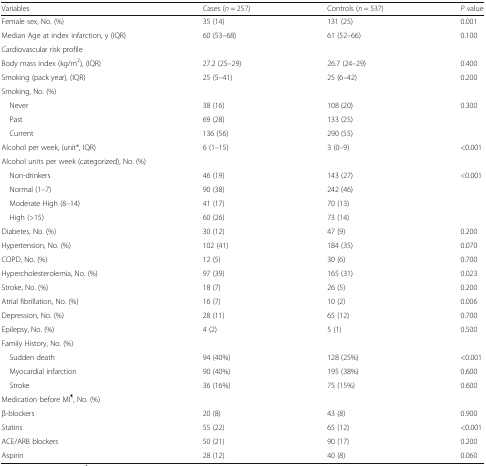
<table><thead><tr><td><b>Variables</b></td><td><b>Cases (<i>n</i> = 257)</b></td><td><b>Controls (<i>n</i> = 537)</b></td><td><b><i>P</i> value</b></td></tr></thead><tbody><tr><td>Female sex, No. (%)</td><td>35 (14)</td><td>131 (25)</td><td>0.001</td></tr><tr><td>Median Age at index infarction, y (IQR)</td><td>60 (53–68)</td><td>61 (52–66)</td><td>0.100</td></tr><tr><td colspan="4">Cardiovascular risk profile</td></tr><tr><td>Body mass index (kg/m<sup>2</sup>), (IQR)</td><td>27.2 (25–29)</td><td>26.7 (24–29)</td><td>0.400</td></tr><tr><td>Smoking (pack year), (IQR)</td><td>25 (5–41)</td><td>25 (6–42)</td><td>0.200</td></tr><tr><td colspan="4">Smoking, No. (%)</td></tr><tr><td> Never</td><td>38 (16)</td><td>108 (20)</td><td rowspan="3">0.300</td></tr><tr><td> Past</td><td>69 (28)</td><td>133 (25)</td></tr><tr><td> Current</td><td>136 (56)</td><td>290 (55)</td></tr><tr><td>Alcohol per week, (unit*, IQR)</td><td>6 (1–15)</td><td>3 (0–9)</td><td>&lt;0.001</td></tr><tr><td colspan="4">Alcohol units per week (categorized), No. (%)</td></tr><tr><td> Non-drinkers</td><td>46 (19)</td><td>143 (27)</td><td rowspan="4">&lt;0.001</td></tr><tr><td> Normal (1–7)</td><td>90 (38)</td><td>242 (46)</td></tr><tr><td> Moderate High (8–14)</td><td>41 (17)</td><td>70 (13)</td></tr><tr><td> High (&gt;15)</td><td>60 (26)</td><td>73 (14)</td></tr><tr><td>Diabetes, No. (%)</td><td>30 (12)</td><td>47 (9)</td><td>0.200</td></tr><tr><td>Hypertension, No. (%)</td><td>102 (41)</td><td>184 (35)</td><td>0.070</td></tr><tr><td>COPD, No. (%)</td><td>12 (5)</td><td>30 (6)</td><td>0.700</td></tr><tr><td>Hypercholesterolemia, No. (%)</td><td>97 (39)</td><td>165 (31)</td><td>0.023</td></tr><tr><td>Stroke, No. (%)</td><td>18 (7)</td><td>26 (5)</td><td>0.200</td></tr><tr><td>Atrial fibrillation, No. (%)</td><td>16 (7)</td><td>10 (2)</td><td>0.006</td></tr><tr><td>Depression, No. (%)</td><td>28 (11)</td><td>65 (12)</td><td>0.700</td></tr><tr><td>Epilepsy, No. (%)</td><td>4 (2)</td><td>5 (1)</td><td>0.500</td></tr><tr><td colspan="4">Family History, No. (%)</td></tr><tr><td> Sudden death</td><td>94 (40%)</td><td>128 (25%)</td><td>&lt;0.001</td></tr><tr><td> Myocardial infarction</td><td>90 (40%)</td><td>195 (38%)</td><td>0.600</td></tr><tr><td> Stroke</td><td>36 (16%)</td><td>75 (15%)</td><td>0.600</td></tr><tr><td colspan="4">Medication before MI<sup>¶</sup>, No. (%)</td></tr><tr><td>β-blockers</td><td>20 (8)</td><td>43 (8)</td><td>0.900</td></tr><tr><td>Statins</td><td>55 (22)</td><td>65 (12)</td><td>&lt;0.001</td></tr><tr><td>ACE/ARB blockers</td><td>50 (21)</td><td>90 (17)</td><td>0.200</td></tr><tr><td>Aspirin</td><td>28 (12)</td><td>40 (8)</td><td>0.060</td></tr></tbody></table>